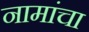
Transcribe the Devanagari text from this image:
नामांचा